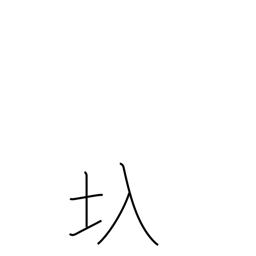
Meaning: floodgate